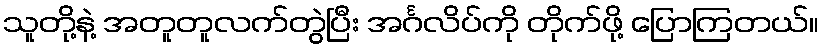
သူတို့နဲ့ အတူတူလက်တွဲပြီး အင်္ဂလိပ်ကို တိုက်ဖို့ ပြောကြတယ်။